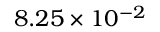
8 . 2 5 \times 1 0 ^ { - 2 }